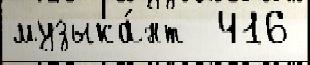
музыка́нт  416